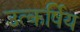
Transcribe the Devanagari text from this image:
उत्कर्षिय